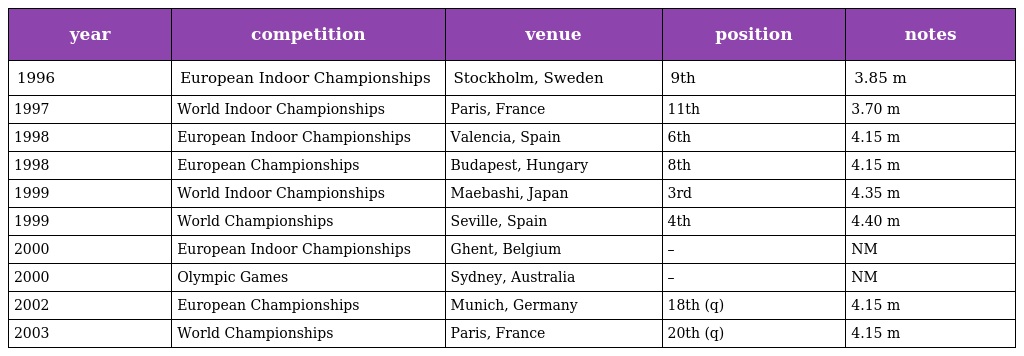
| year | competition | venue | position | notes |
 | --- | --- | --- | --- | --- |
 | 1996 | European Indoor Championships | Stockholm, Sweden | 9th | 3.85 m |
 | 1997 | World Indoor Championships | Paris, France | 11th | 3.70 m |
 | 1998 | European Indoor Championships | Valencia, Spain | 6th | 4.15 m |
 | 1998 | European Championships | Budapest, Hungary | 8th | 4.15 m |
 | 1999 | World Indoor Championships | Maebashi, Japan | 3rd | 4.35 m |
 | 1999 | World Championships | Seville, Spain | 4th | 4.40 m |
 | 2000 | European Indoor Championships | Ghent, Belgium | – | NM |
 | 2000 | Olympic Games | Sydney, Australia | – | NM |
 | 2002 | European Championships | Munich, Germany | 18th (q) | 4.15 m |
 | 2003 | World Championships | Paris, France | 20th (q) | 4.15 m |